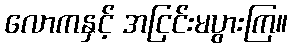
လောကနှင့် အငြင်းမပွားကြ။